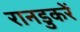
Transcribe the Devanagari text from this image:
रानडुकरें